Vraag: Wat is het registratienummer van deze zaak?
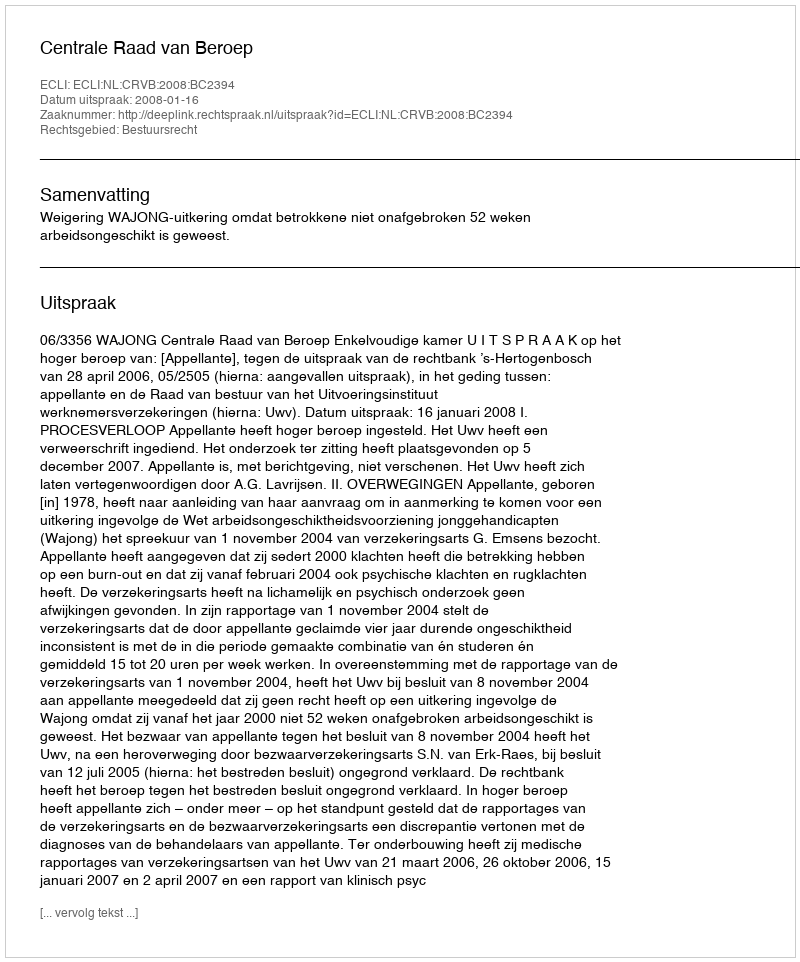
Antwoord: http://deeplink.rechtspraak.nl/uitspraak?id=ECLI:NL:CRVB:2008:BC2394